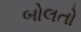
બોલતો